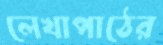
লেখাপাঠের